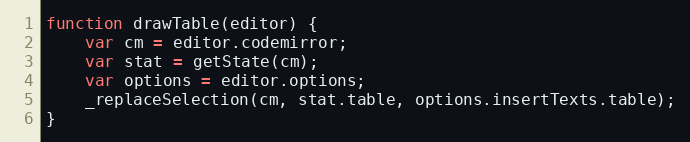
Language: JavaScript
function drawTable(editor) {
	var cm = editor.codemirror;
	var stat = getState(cm);
	var options = editor.options;
	_replaceSelection(cm, stat.table, options.insertTexts.table);
}